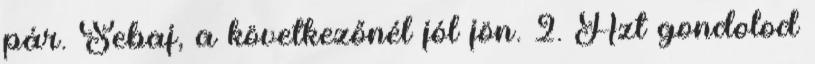
pár. Sebaj, a következőnél jól jön. 2. Azt gondolod